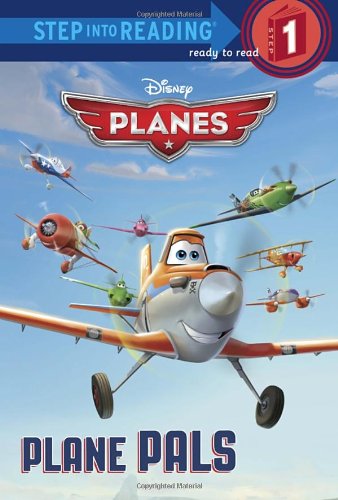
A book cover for Plane Pals (Disney Planes) (Step into Reading); Frank Berrios; Children's Books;